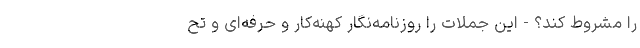
را مشروط کند؟ - این جملات را روزنامه‌نگار کهنه‌کار و حرفه‌ای و تح